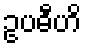
ဥပဓီဟိ